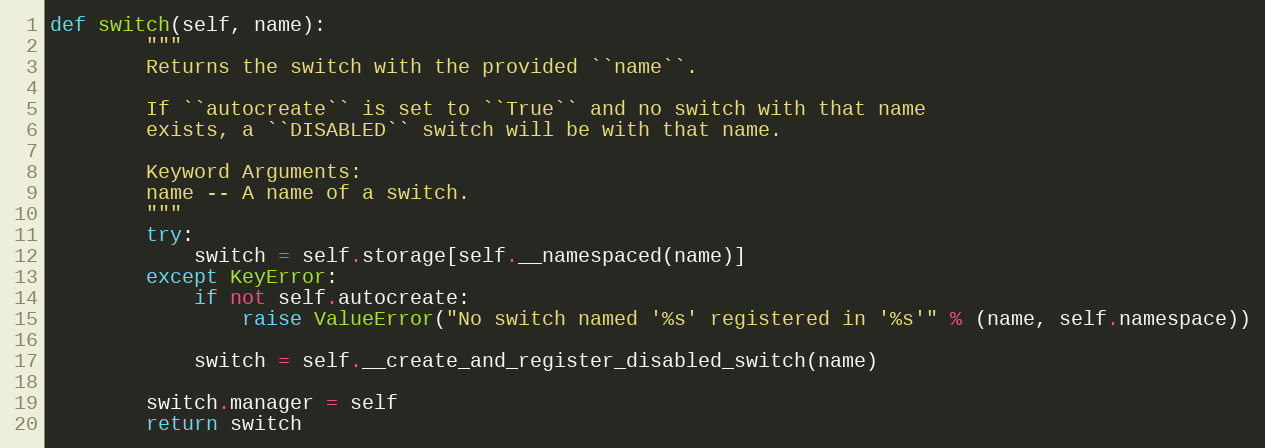
Language: Python
def switch(self, name):
        """
        Returns the switch with the provided ``name``.

        If ``autocreate`` is set to ``True`` and no switch with that name
        exists, a ``DISABLED`` switch will be with that name.

        Keyword Arguments:
        name -- A name of a switch.
        """
        try:
            switch = self.storage[self.__namespaced(name)]
        except KeyError:
            if not self.autocreate:
                raise ValueError("No switch named '%s' registered in '%s'" % (name, self.namespace))

            switch = self.__create_and_register_disabled_switch(name)

        switch.manager = self
        return switch